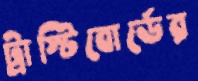
ট্রাস্টিবোর্ডের